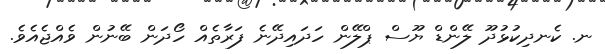
ނ. ކެނދިކުޅުދޫ ލޭންޑް ޔޫސް ޕްލޭން ހަދައިދޭނެ ފަރާތެއް ހޯދަން ބޭނުން ވެއްޖެއެވެ.